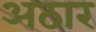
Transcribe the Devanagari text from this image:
अठार